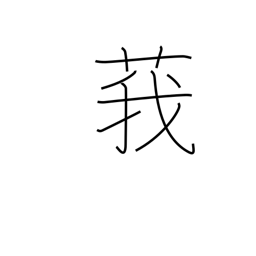
Meaning: type of thistle